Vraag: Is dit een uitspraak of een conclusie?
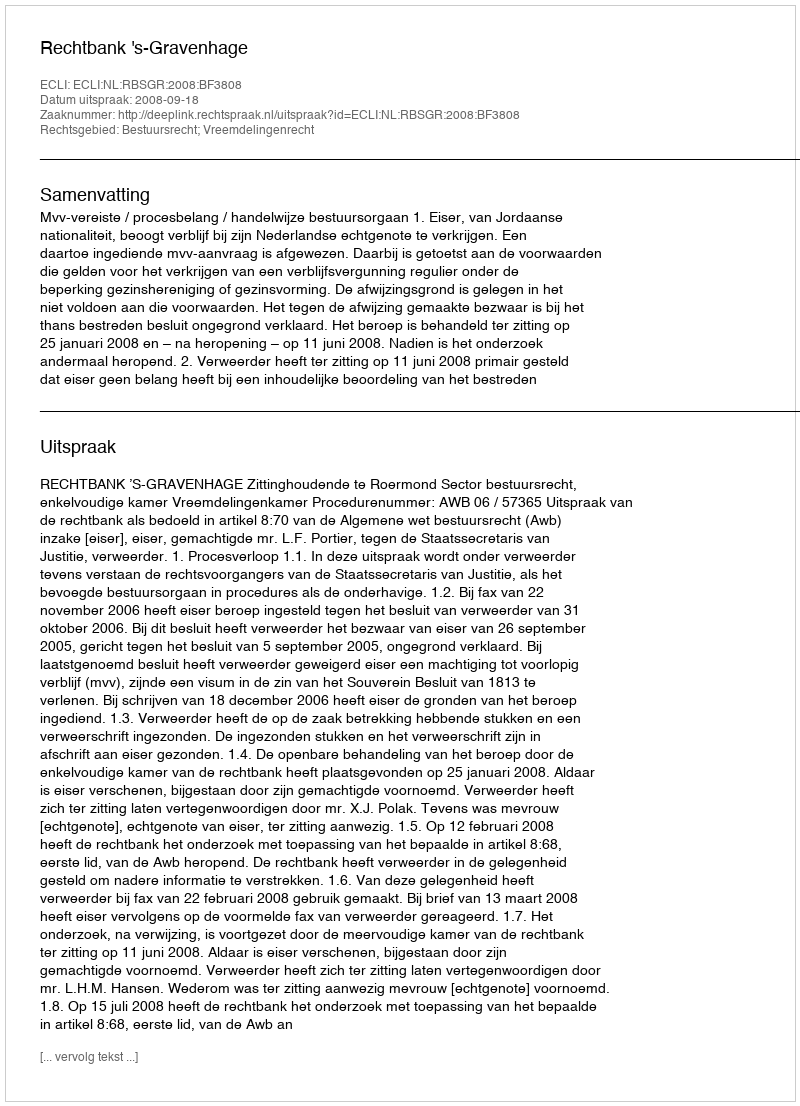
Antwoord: Uitspraak